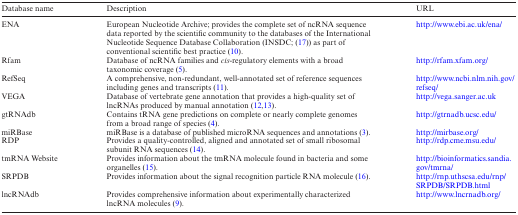
| Database name | Description | URL |
 | --- | --- | --- |
 | ENA | European Nucleotide Archive; provides the complete set of ncRNA sequence data reported by the scientific community to the databases of the International Nucleotide Sequence Database Collaboration (INSDC; (17)) as part of conventional scientific best practice (10). | http://www.ebi.ac.uk/ena/ |
 | Rfam | Database of ncRNA families and cis-regulatory elements with a broad taxonomic coverage (5). | http://rfam.xfam.org/ |
 | RefSeq | A comprehensive, non-redundant, well-annotated set of reference sequences including genes and transcripts (11). | http://www.ncbi.nlm.nih.gov/refseq/ |
 | VEGA | Database of vertebrate gene annotation that provides a high-quality set of lncRNAs produced by manual annotation (12,13). | http://vega.sanger.ac.uk |
 | gtRNAdb | Contains tRNA gene predictions on complete or nearly complete genomes from a broad range of species (4). | http://gtrnadb.ucsc.edu/ |
 | miRBase | miRBase is a database of published microRNA sequences and annotations (3). | http://mirbase.org/ |
 | RDP | Provides a quality-controlled, aligned and annotated set of small ribosomal subunit RNA sequences (14). | http://rdp.cme.msu.edu/ |
 | tmRNA Website | Provides information about the tmRNA molecule found in bacteria and some organelles (15). | http://bioinformatics.sandia.gov/tmrna/ |
 | SRPDB | Provides information about the signal recognition particle RNA molecule (16). | http://rnp.uthscsa.edu/rnp/SRPDB/SRPDB.html |
 | lncRNAdb | Provides comprehensive information about experimentally characterized lncRNA molecules (9). | http://www.lncrnadb.org/ |